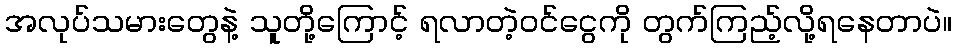
အလုပ်သမားတွေနဲ့ သူတို့ကြောင့် ရလာတဲ့ဝင်ငွေကို တွက်ကြည့်လို့ရနေတာပဲ။